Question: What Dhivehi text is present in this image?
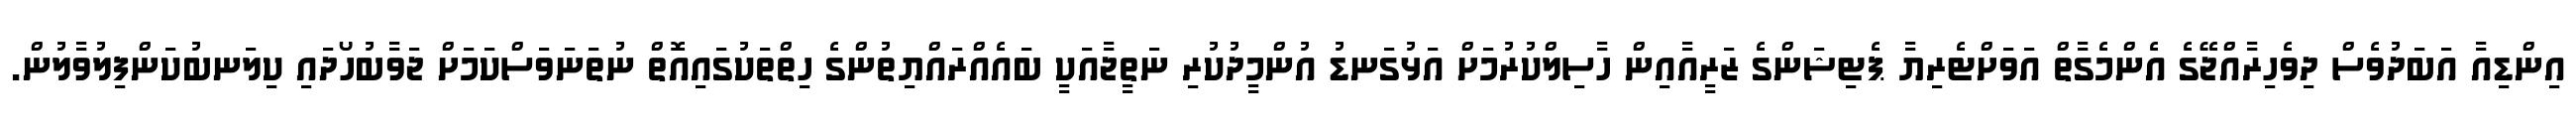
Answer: އިންޑިއާ އަބަދުވެސް ދިވެހިރާއްޖޭގެ އެންމެގާތް އަވަށްޓެރިޔާ ޕެޓިޝަންގެ ޒަރީއާއިން ހާސިލްކުރުމަށް އަޅުގަނޑު އުންމީދުކުރި ނަތީޖާއަކީ ބައެއްރައްޔިތުންގެ ހިތްތަކުގައިއޮތް ނުތަނަވަސްކަމަށް ޖަވާބުހޯދައި ކިލަނބުކަންފިލުވާލުން.